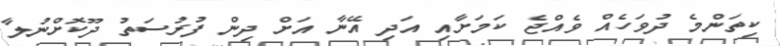
ކިތަންމެ ދުވަހެއް ވެއްޖެ ކަމަށާއި އަދި އޭނާ އަށް ދިން ފުރުސަތު ދޫކޮށްނުލާ